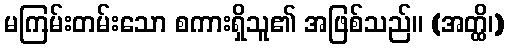
မကြမ်းတမ်းသော စကားရှိသူ၏ အဖြစ်သည်။ (အတ္ထိ၊)